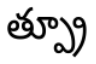
త్ప్రూ